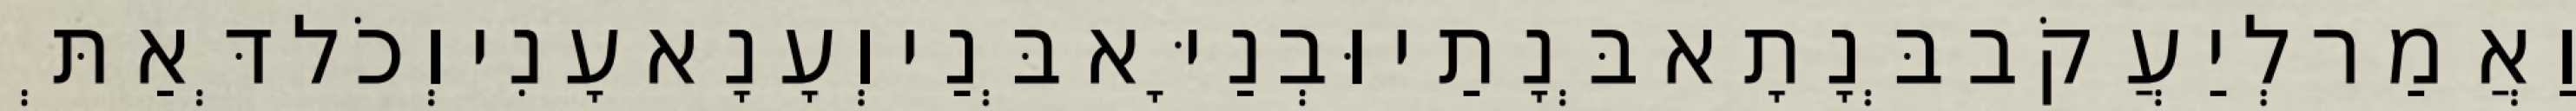
וַאֲמַר לְיַעֲקֹב בְּנָתָא בְּנָתַי וּבְנַיָּא בְּנַי וְעָנָא עָנִי וְכֹל דְּאַתְּ